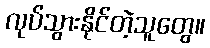
လုပ်သွားနိုင်တဲ့သူတွေ။